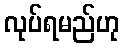
လုပ်ရမည်ဟု